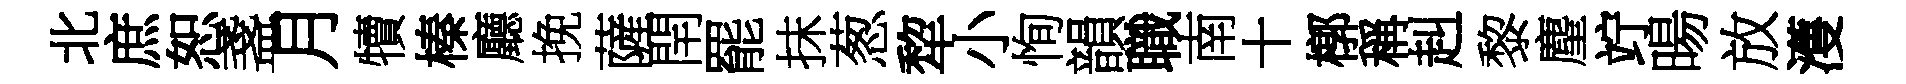
北庶恕盞月犢榛廳挽薩閈罷抹葱犂小恂韻職南十槨稱赳黎麈竚暘放濩